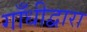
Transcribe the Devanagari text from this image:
गाँधीद्वारा